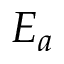
E _ { a }